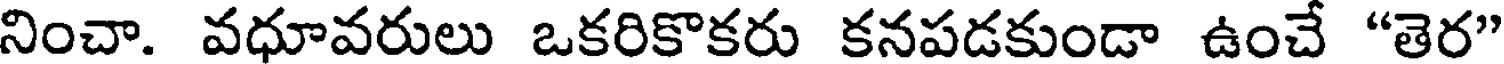
నించా. వధూవరులు ఒకరికొకరు కనపడకుండా ఉంచే "తెర"